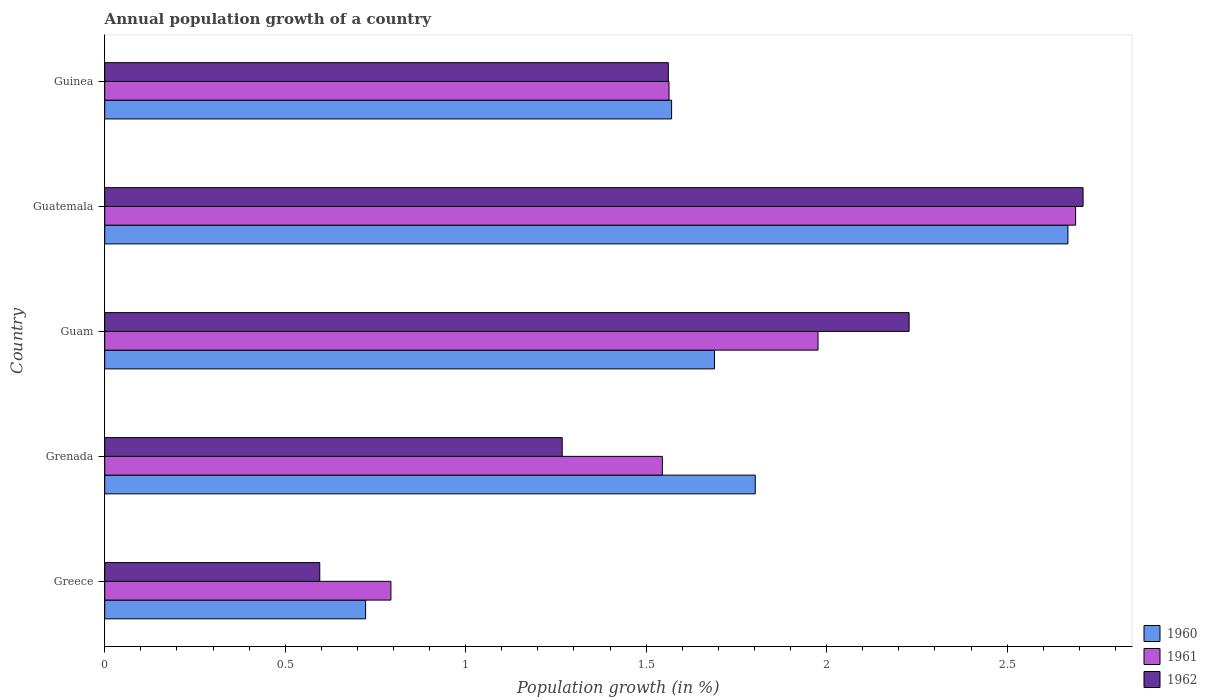
| Country | 1960 | 1961 | 1962 |
 | --- | --- | --- | --- |
 | Greece | 0.723 | 0.793 | 0.596 |
 | Grenada | 1.8 | 1.54 | 1.27 |
 | Guam | 1.69 | 1.98 | 2.23 |
 | Guatemala | 2.67 | 2.69 | 2.71 |
 | Guinea | 1.57 | 1.56 | 1.56 |